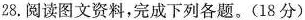
28.阅读图文资料，完成下列各题。(18分)